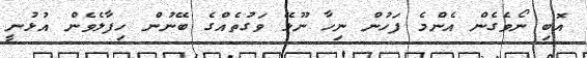
އޮބި ނޯވެގެން އެންމެ ފަހުން ނިހާ ނޫޅޭ ވަގުތެއްގެ ބޭނުން ހިފާލެވެން އުޅުނީ